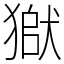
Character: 𤠒